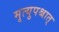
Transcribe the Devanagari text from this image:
मृत्युपश्चात्